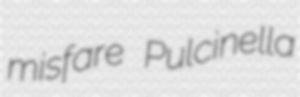
misfare Pulcinella